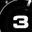
Digit: 3